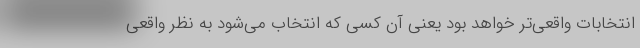
انتخابات واقعی‌تر خواهد بود یعنی آن کسی که انتخاب می‌شود به نظر واقعی